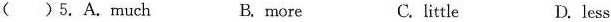
( )5.A.much B.more C. little D. less